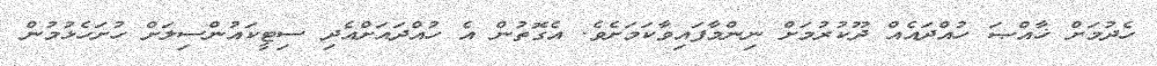
ހެދުމަށް ޚާއްޞަ ހުއްދައެއް ދޫކުރުމަށް ނިންމާފައިވާކަމަށެވެ. އެގޮތުން އެ ހުއްދައަށްއެދި ސިޓީކައުންސިލަށް ހުށަހެޅުމުން